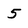
Character: 5